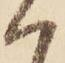
ハ